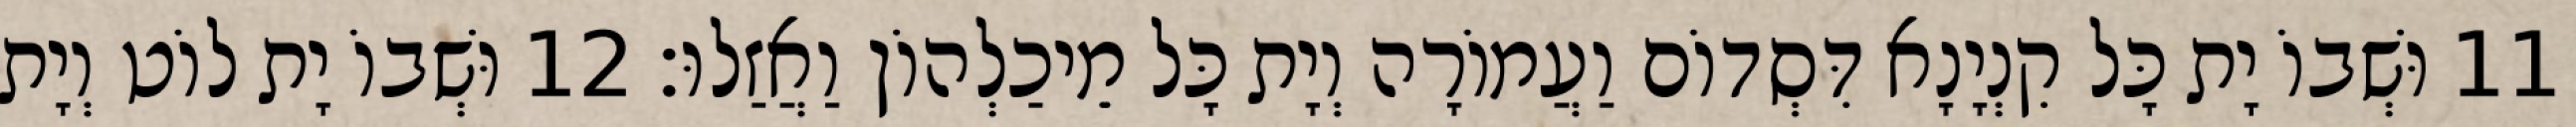
11 וּשְׁבוֹ יָת כָּל קִנְיָנָא דִּסְדוֹם וַעֲמוֹרָה וְיָת כָּל מֵיכַלְהוֹן וַאֲזַלוּ׃ 12 וּשְׁבוֹ יָת לוֹט וְיָת